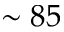
\sim 8 5